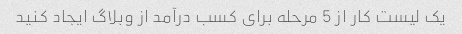
یک لیست کار از 5 مرحله برای کسب درآمد از وبلاگ ایجاد کنید